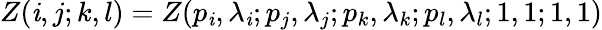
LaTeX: Z(\mathit{i},j;k,l)=Z(p_{\mathit{i}},\lambda_{\mathit{i}};p_{j},\lambda_{j};p_{k},\lambda_{k};p_{l},\lambda_{l};1,1;1,1)